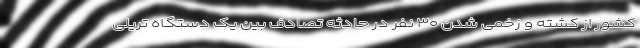
کشور از کشته و زخمی شدن ۳۰ نفر در حادثه تصادف بین یک دستگاه تریلی